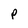
Character: P